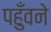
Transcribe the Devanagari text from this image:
पहुँवने